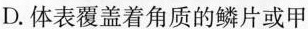
D.体表覆盖着角质的鳞片或甲